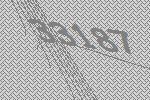
33187